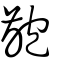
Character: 齙